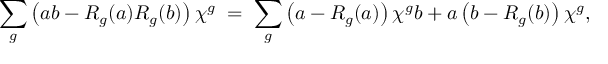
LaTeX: \sum _ { g } \left( a b - R _ { g } ( a ) R _ { g } ( b ) \right) \chi ^ { g } \; = \; \sum _ { g } \left( a - R _ { g } ( a ) \right) \chi ^ { g } b + a \left( b - R _ { g } ( b ) \right) \chi ^ { g } ,